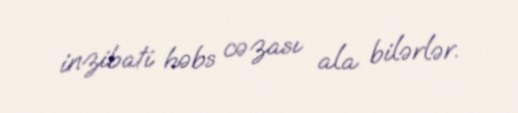
inzibati həbs cəzası ala bilərlər.